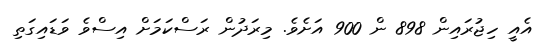
އެއީ ހިޖުރައިން 898 ން 900 އަށެވެ. މިރަދުން ރަސްކަމަށް އިސްވެ ވަޑައިގަތި